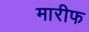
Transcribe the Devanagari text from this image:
मारीफ